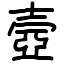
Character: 壼